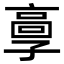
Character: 𩫃